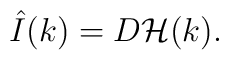
\hat I(k)=D{\cal H}(k).